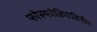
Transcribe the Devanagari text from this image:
फोस्फोक्रिएतिनीन